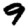
Digit: 9